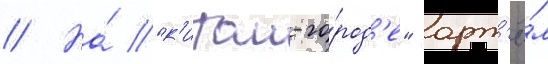
// На́ "к'итаи-го́род'е" арт'ё́м